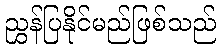
ညွှန်ပြနိုင်မည်ဖြစ်သည်